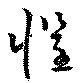
懼